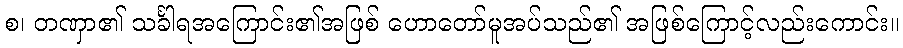
စ၊ တဏှာ၏ သင်္ခါရအကြောင်း၏အဖြစ် ဟောတော်မူအပ်သည်၏ အဖြစ်ကြောင့်လည်းကောင်း။